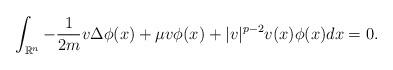
LaTeX: \begin{align*}\int_{\mathbb{R}^n} -\frac{1}{2m} v \Delta \phi (x) +\mu v \phi(x) + |v|^{p-2} v (x) \phi (x) dx =0.\end{align*}